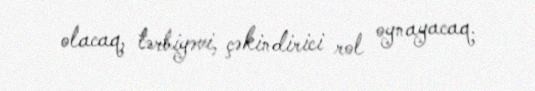
olacaq, tərbiyəvi, çəkindirici rol oynayacaq.